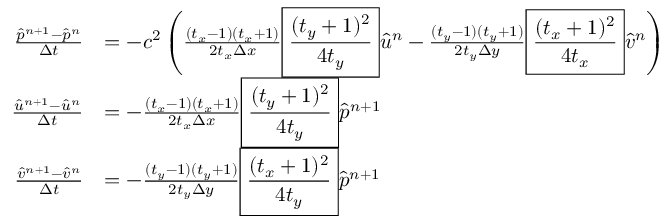
\begin{array} { r l } { \frac { \hat { p } ^ { n + 1 } - \hat { p } ^ { n } } { \Delta t } } & { = - c ^ { 2 } \left( \frac { ( t _ { x } - 1 ) ( t _ { x } + 1 ) } { 2 t _ { x } \Delta x } \boxed { \frac { ( t _ { y } + 1 ) ^ { 2 } } { 4 t _ { y } } } \hat { u } ^ { n } - \frac { ( t _ { y } - 1 ) ( t _ { y } + 1 ) } { 2 t _ { y } \Delta y } \boxed { \frac { ( t _ { x } + 1 ) ^ { 2 } } { 4 t _ { x } } } \hat { v } ^ { n } \right) } \\ { \frac { \hat { u } ^ { n + 1 } - \hat { u } ^ { n } } { \Delta t } } & { = - \frac { ( t _ { x } - 1 ) ( t _ { x } + 1 ) } { 2 t _ { x } \Delta x } \boxed { \frac { ( t _ { y } + 1 ) ^ { 2 } } { 4 t _ { y } } } \hat { p } ^ { n + 1 } } \\ { \frac { \hat { v } ^ { n + 1 } - \hat { v } ^ { n } } { \Delta t } } & { = - \frac { ( t _ { y } - 1 ) ( t _ { y } + 1 ) } { 2 t _ { y } \Delta y } \boxed { \frac { ( t _ { x } + 1 ) ^ { 2 } } { 4 t _ { y } } } \hat { p } ^ { n + 1 } } \end{array}